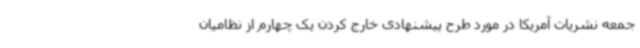
جمعه نشریات آمریکا در مورد طرح پیشنهادی خارج کردن یک چهارم از نظامیان